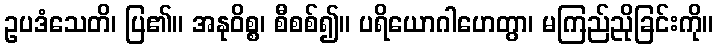
ဥပဒံသေတိ၊ ပြ၏။ အနုဝိစ္စ၊ စီစစ်၍။ ပရိယောဂါဟေတွာ၊ မကြည်ညိုခြင်းကို။